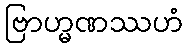
ဗြာဟ္မဏဿဟံ